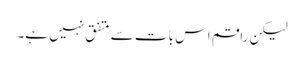
لیکن راقم اس بات سے متفق نہیں ہے۔